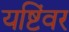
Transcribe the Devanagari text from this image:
यष्टिंवर